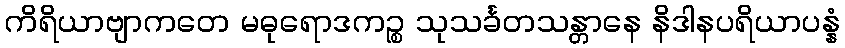
ကိရိယာဗျာကတေ မဓုရောဒကဉ္စ သုသင်္ခတသန္တာနေ နိဒါနပရိယာပန္နံ